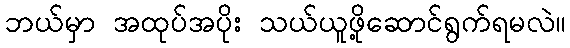
ဘယ်မှာ အထုပ်အပိုး သယ်ယူဖို့ဆောင်ရွက်ရမလဲ။